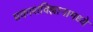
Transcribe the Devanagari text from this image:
प्रकाशविज्ञानामध्ये